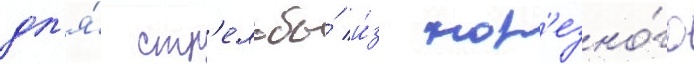
дл'я́ стр'ельбы́ и́з нар'езно́го